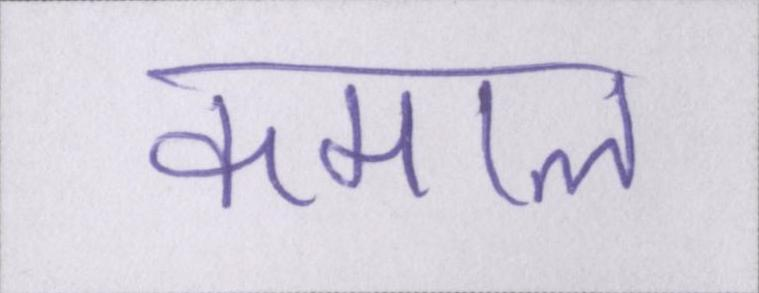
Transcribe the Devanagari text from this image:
कमाल